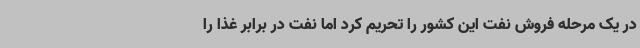
در یک مرحله فروش نفت این کشور را تحریم کرد اما نفت در برابر غذا را